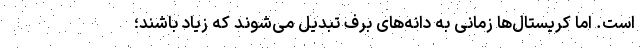
است. اما کریستال‌ها زمانی به دانه‌های برف تبدیل می‌شوند که زیاد باشند؛